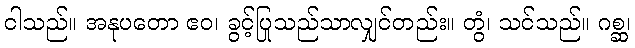
ငါသည်။ အနုပတော ဧဝ၊ ခွင့်ပြုသည်သာလျှင်တည်း။ တွံ၊ သင်သည်။ ဂစ္ဆ၊